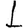
Digit: 1